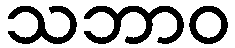
သဘာဝ